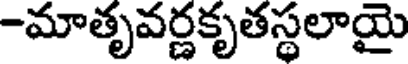
-మాతృవర్ణకృతస్థలాయై